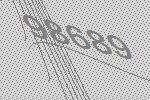
98689